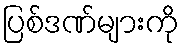
ပြစ်ဒဏ်များကို